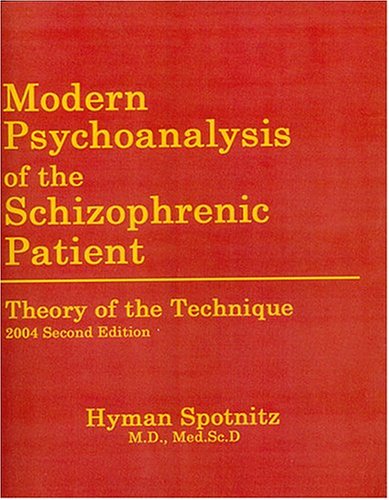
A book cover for Modern Psychoanalysis of the Schizophrenic Patient: Theory of the Technique; Hyman M. Spotnitz; Health, Fitness & Dieting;